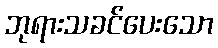
ဘုရားသခင်ပေးသော